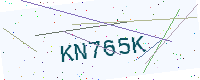
Text: KN765K